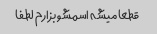
قطعا میشه اسمشو بزارم لطفا